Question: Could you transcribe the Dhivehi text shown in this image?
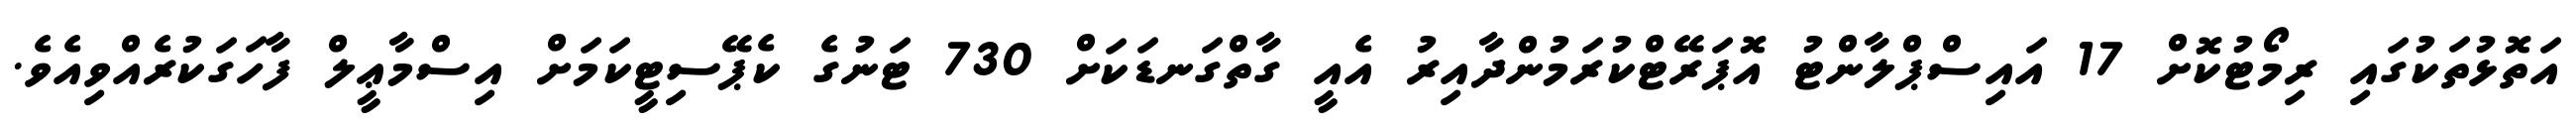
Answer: އަތޮޅުތަކުގައި ރިމޯޓުކޮށް 17 އައިސްޕްލާންޓު އޮޕަރޭޓްކުރަމުންދާއިރު އެއީ ގާތްގަނޑަކަށް 730 ޓަނުގެ ކެޕޭސިޓީކަމަށް އިސްމާޢީލް ފާހަގަކުރެއްވިއެވެ.